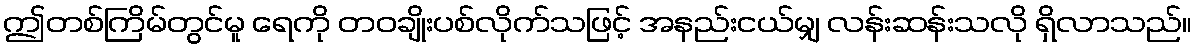
ဤတစ်ကြိမ်တွင်မူ ရေကို တဝချိုးပစ်လိုက်သဖြင့် အနည်းငယ်မျှ လန်းဆန်းသလို ရှိလာသည်။